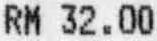
RM 32.00